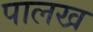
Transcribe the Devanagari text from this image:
पालख